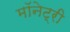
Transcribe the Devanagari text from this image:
मॉनेट्री